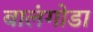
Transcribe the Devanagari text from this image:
बालंगोडा